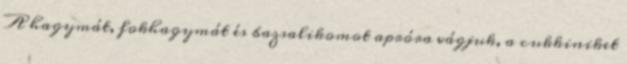
A hagymát, fokhagymát és bazsalikomot apróra vágjuk, a cukkiniket